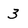
Character: 3